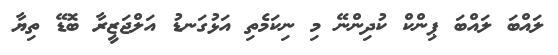
ލައްބަ ލައްބަ ޕިންކް ކުދިންނޭ މި ނިކަމެތި އަޅުގަނޑު އަލްޖަޒީރާ ބޮޑޭ ތިޔާ